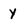
Character: y